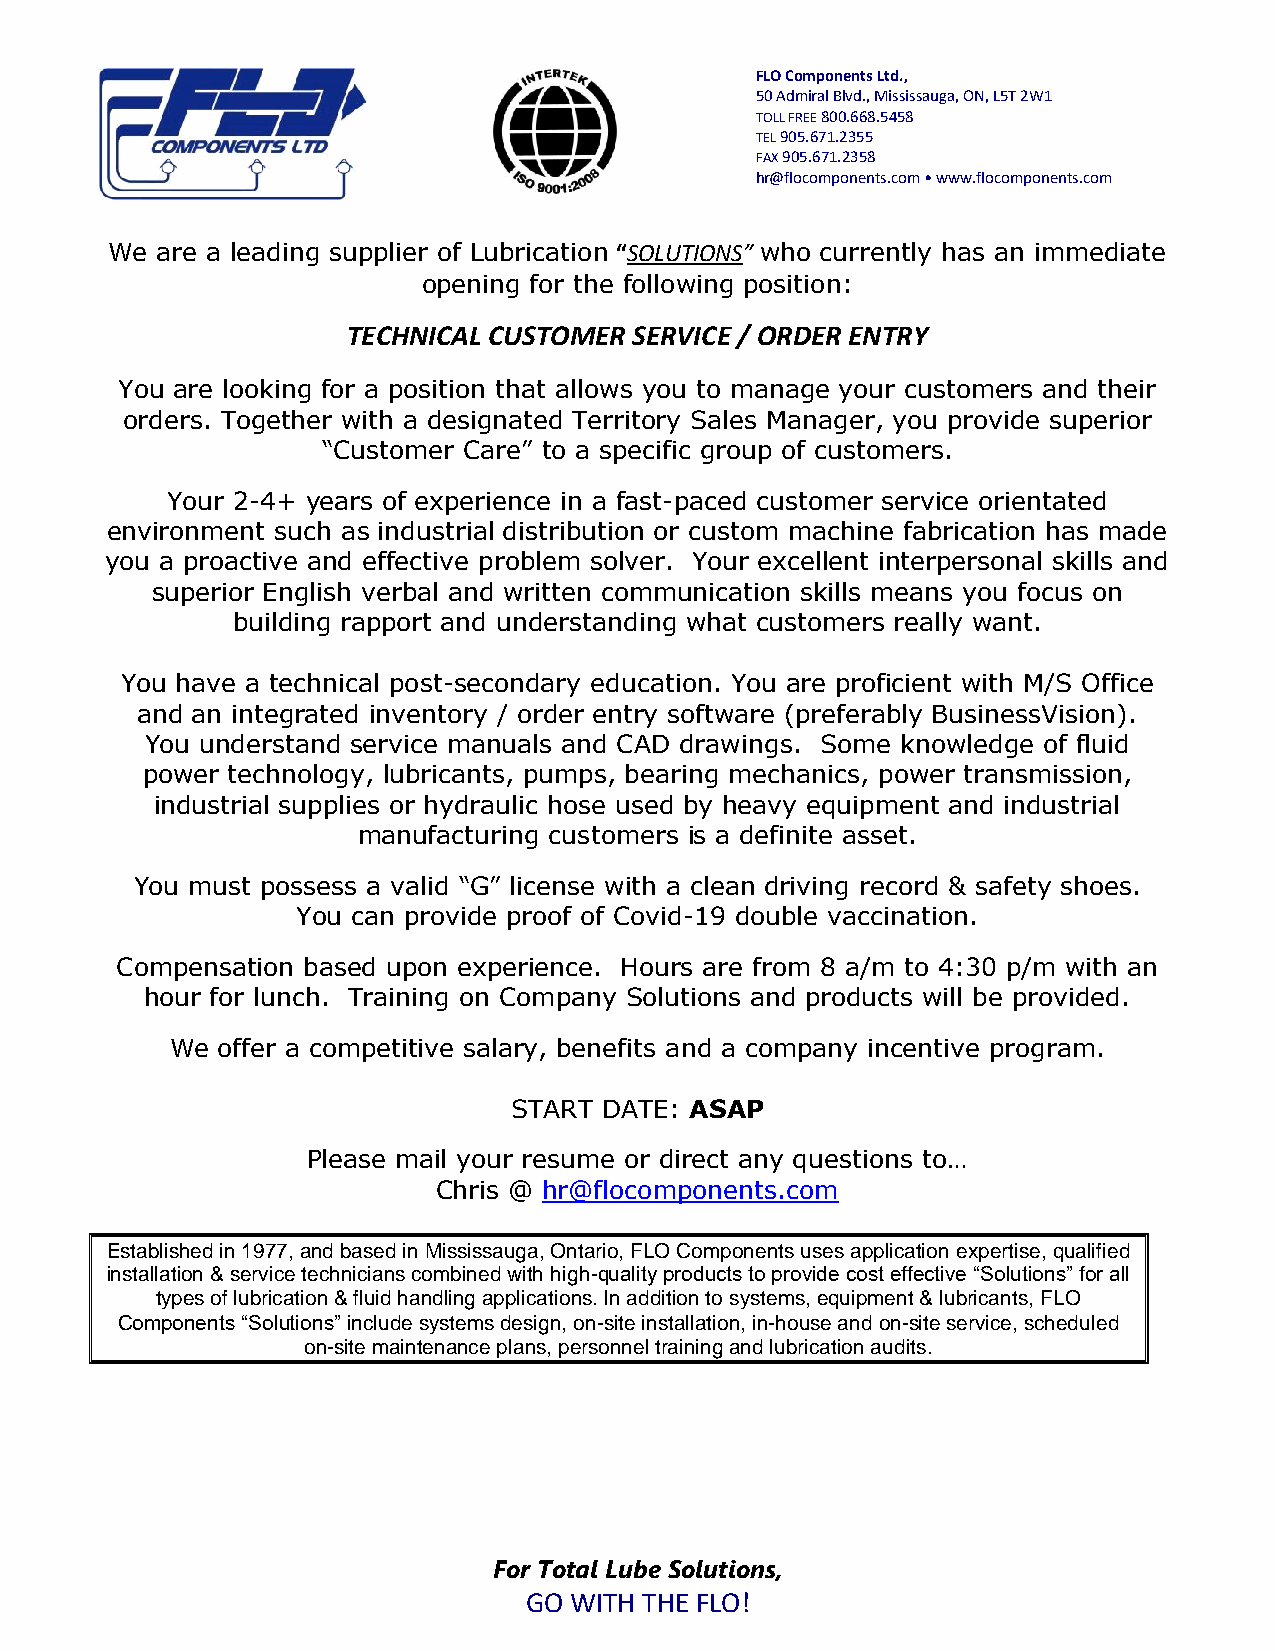
FLO Components Ltd.,
 50 Admiral Blvd., Mississauga, ON, L5T 2W1
 TOLL FREE 800.668.5458
 TEL 905.671.2355
 FAX 905.671.2358
 hr@flocomponents.com • www.flocomponents.com
 We are a leading supplier of Lubrication “SOLUTIONS” who currently has an immediate
 opening for the following position:
 TECHNICAL CUSTOMER SERVICE / ORDER ENTRY
 You are looking for a position that allows you to manage your customers and their
 orders. Together with a designated Territory Sales Manager, you provide superior
 “Customer Care” to a specific group of customers.
 Your 2-4+ years of experience in a fast-paced customer service orientated
 environment such as industrial distribution or custom machine fabrication has made
 you a proactive and effective problem solver. Your excellent interpersonal skills and
 superior English verbal and written communication skills means you focus on
 building rapport and understanding what customers really want.
 You have a technical post-secondary education. You are proficient with M/S Office
 and an integrated inventory / order entry software (preferably BusinessVision).
 You understand service manuals and CAD drawings. Some knowledge of fluid
 power technology, lubricants, pumps, bearing mechanics, power transmission,
 industrial supplies or hydraulic hose used by heavy equipment and industrial
 manufacturing customers is a definite asset.
 You must possess a valid “G” license with a clean driving record & safety shoes.
 You can provide proof of Covid-19 double vaccination.
 Compensation based upon experience. Hours are from 8 a/m to 4:30 p/m with an
 hour for lunch. Training on Company Solutions and products will be provided.
 We offer a competitive salary, benefits and a company incentive program.
 START DATE: ASAP
 Please mail your resume or direct any questions to…
 Chris @ hr@flocomponents.com
 Established in 1977, and based in Mississauga, Ontario, FLO Components uses application expertise, qualified
 installation & service technicians combined with high-quality products to provide cost effective “Solutions” for all
 types of lubrication & fluid handling applications. In addition to systems, equipment & lubricants, FLO
 Components “Solutions” include systems design, on-site installation, in-house and on-site service, scheduled
 on-site maintenance plans, personnel training and lubrication audits.
 For Total Lube Solutions,
 GO WITH THE FLO!